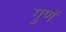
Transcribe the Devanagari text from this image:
गुणें